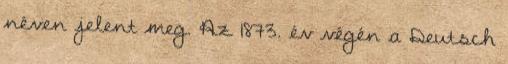
néven jelent meg. Az 1873. év végén a Deutsch